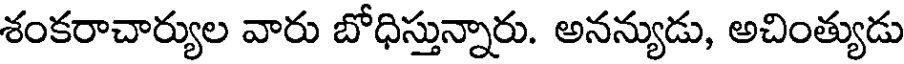
శంకరాచార్యుల వారు బోధిస్తున్నారు. అనన్యుడు, అచింత్యుడు